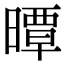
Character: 曋